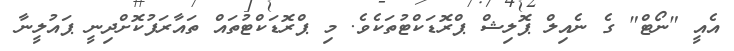
އެއީ "ނޯޓް" ގެ ނެއިލް ޕޮލިޝް ޕްރޮޑަކްޓުތަކެވެ. މި ޕްރޮޑަކްޓުތައް ތައާރަފުކޮށްދިނީ ޕައުލީނާ